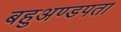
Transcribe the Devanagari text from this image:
बहुअण्डपता